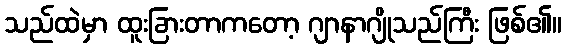
သည်ထဲမှာ ထူးခြားတာကတော့ ဂျာနာဂျိုသည်ကြီး ဖြစ်၏။